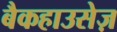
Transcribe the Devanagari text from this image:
बैकहाउसेज़